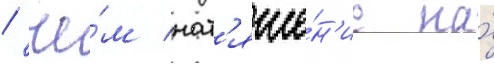
/ че́м нат'яже́н'ие на́